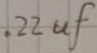
Text: .22uf